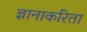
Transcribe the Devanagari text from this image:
ज्ञानाकरिता